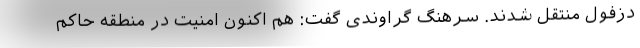
دزفول منتقل شدند. سرهنگ گراوندی گفت: هم اکنون امنیت در منطقه حاکم